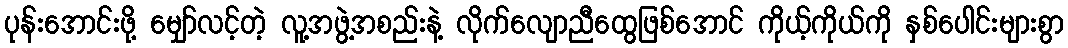
ပုန်းအောင်းဖို့ မျှော်လင့်တဲ့ လူ့အဖွဲ့အစည်းနဲ့ လိုက်လျောညီထွေဖြစ်အောင် ကိုယ့်ကိုယ်ကို နှစ်ပေါင်းများစွာ